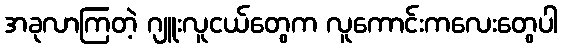
အခုလာကြတဲ့ ဂျူးလူငယ်တွေက လူကောင်းကလေးတွေပါ